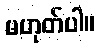
မဟုတ်ပါ။